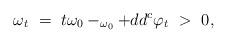
LaTeX: \begin{align*}\omega_t \ = \ t\omega_{0}-_{\omega_{0}}+dd^c \varphi_t \ > \ 0,\end{align*}